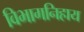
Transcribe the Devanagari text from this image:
विभागनिहाय